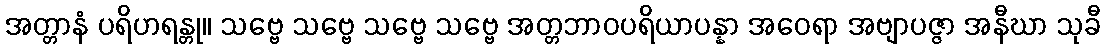
အတ္တာနံ ပရိဟရန္တု။ သဗ္ဗေ သဗ္ဗေ သဗ္ဗေ သဗ္ဗေ အတ္တဘာဝပရိယာပန္နာ အဝေရာ အဗျာပဇ္ဇာ အနီဃာ သုခီ